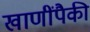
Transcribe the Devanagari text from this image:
खाणींपैकी